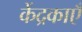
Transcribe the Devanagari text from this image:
केंद्रकाएँ